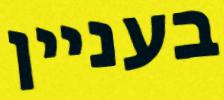
בעניין